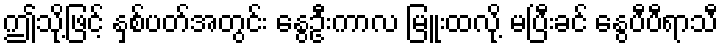
ဤသို့ဖြင့် နှစ်ပတ်အတွင်း နွေဦးကာလ မြူးထလို့ မပြီးခင် နွေပီပီရာသီ